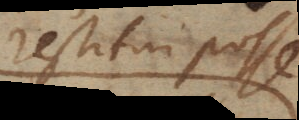
restitui posse